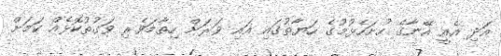
އަދި އެއީ އޭނާގެ ހުށަހެޅުމުގެ ހަޔާތުގައި އައި ވަރަށް ހިތާމަވެރި ވަގުތުކޮޅެއް ކަމަށް